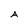
Character: A